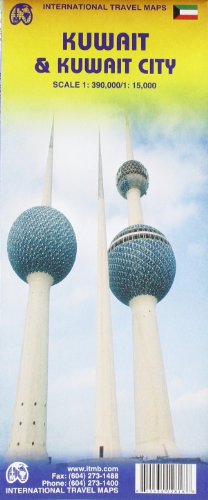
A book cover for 1. Kuwait and Kuwait City Travel Reference Map 1:390K/1:15K (International Travel Maps); International Travel maps; Travel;